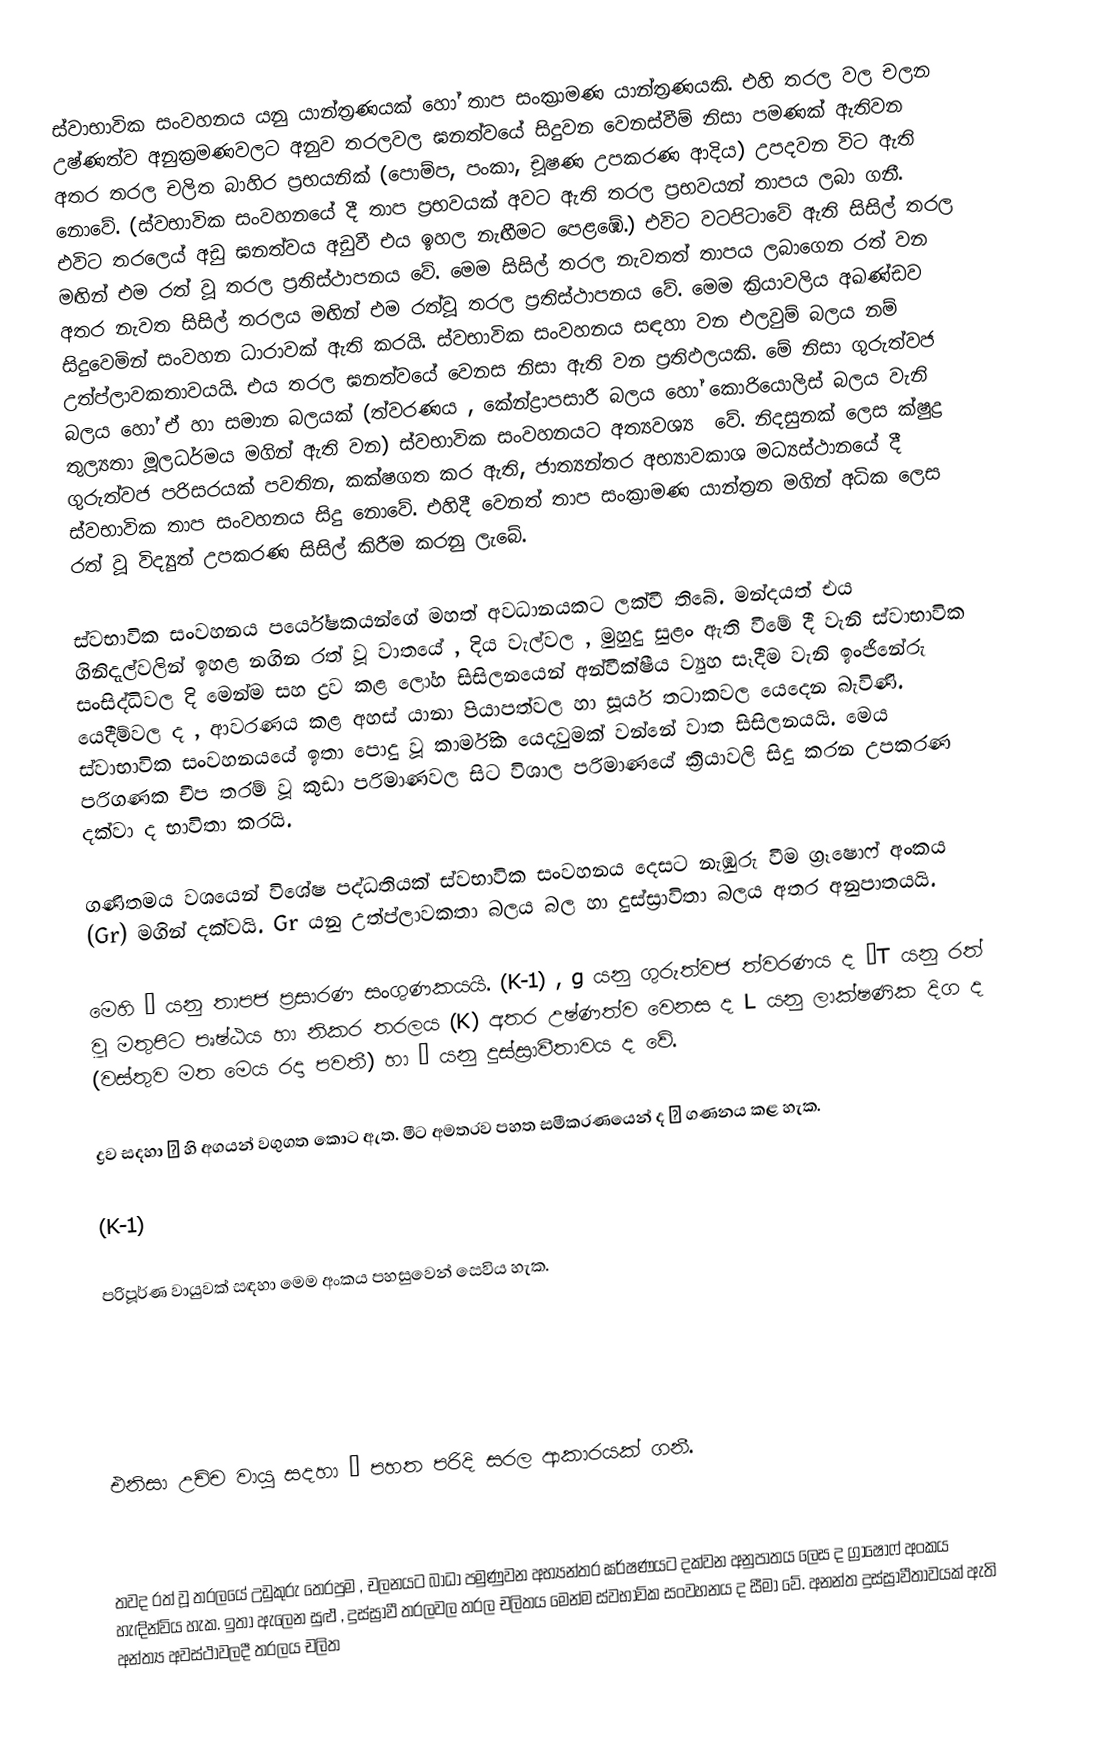
ස්වාභාවික සංවහනය යනු යාන්ත්‍රණයක් හෝ තාප සංක්‍රාමණ යාන්ත්‍රණයකි. එහි තරල වල චලන උෂ්ණත්ව අනුක්‍රමණවලට අනුව තරලවල ඝනත්වයේ සිදුවන වෙනස්වීම් නිසා පමණක් ඇතිවන අතර  තරල චලිත බාහිර ප්‍රභයනික් (පොම්ප, පංකා, චූෂණ උපකරණ ආදිය) උපදවන විට ඇති නොවේ. (ස්වභාවික සංවහනයේ දී තාප ප්‍රභවයක් අවට ඇති තරල ප්‍රභවයන්  තාපය ලබා ගනී. එවිට තරල‍ෙය් අඩු ඝනත්වය අඩුවී එය ඉහල නැඟීමට පෙළඹේ.) එවිට වටපිටාවේ ඇති සිසිල් තරල මඟින් එම රත් වූ තරල ප්‍රතිස්ථාපනය වේ. මෙම සිසිල් තරල නැවතත් තාපය ලබාගෙන රත් වන අතර නැවත සිසිල් තරලය මඟින් එම රත්වූ තරල ප්‍රතිස්ථාපනය වේ. මෙම ක්‍රියාවලිය අඛණ්ඩව සිදුවෙමින් සංවහන ධාරාවක් ඇති කරයි. ස්වභාවික සංවහනය සඳහා වන එලවුම් බලය නම් උත්ප්ලාවකතාවයයි. එය තරල ඝනත්වයේ වෙනස නිසා ඇති වන ප්‍රතිඵලයකි. මේ නිසා ගුරුත්වජ බලය හෝ ඒ හා සමාන බලයක් (ත්වරණය , කේන්ද්‍රාපසාරී බලය හෝ කොරියොලිස් බලය වැනි තුල්‍යතා මූලධර්මය මගින් ඇති වන) ස්වභාවික සංවහනයට  අත්‍යවශ්‍ය ‍ වේ. නිදසුනක් ලෙස ක්ෂුද්‍ර ගුරුත්වජ පරිසරයක් පවතින, කක්ෂගත කර ඇති,  ජාත්‍යන්තර අභ්‍යාවකාශ මධ්‍යස්ථානයේ දී ස්වභාවික තාප සංවහනය ‍සිදු නොවේ. එහිදී වෙනත් තාප සංක්‍රාමණ යාන්ත්‍රන මගින් අධික ලෙස රත් වූ විද්‍යුත් උපකරණ සිසිල් කිරීම කරනු ලැබේ.

ස්වභාවික සංවහනය පර්යේෂකයන්ගේ මහත් අවධානයකට ලක්වී තිබේ. මන්දයත් එය ගිනිදැල්වලින් ඉහළ නගින රත් වූ වාතයේ , දිය වැල්වල , මුහුදු සුළං ඇති වීමේ දී වැනි ස්වාභාවික සංසිද්ධිවල දි මෙන්ම සහ ද්‍රව කළ ලෝහ සිසිලනයෙන් අන්වීක්ෂීය ව්‍යුහ සෑදීම වැනි ඉංජිනේරු යෙදීම්වල ද , ආවරණය කළ අහස් යානා පියාපත්වල හා සූර්ය තටාකවල යෙදෙන බැවිණි. ස්වාභාවික සංවහනයයේ ඉතා පොදු වූ කාර්මික යෙදවුමක් වන්නේ වාත සිසිලනයයි. මෙය පරිගණක චීප තරම් වූ කුඩා පරිමාණවල සිට විශාල පරිමාණයේ ක්‍රියාවලි  සිදු කරන උපකරණ දක්වා ද භාවිතා කරයි.

ගණිතමය වශයෙන් විශේෂ පද්ධතියක් ස්වභාවික සංවහනය දෙසට නැඹුරු වීම ග්‍රෑෂොෆ් අංකය (Gr)  මගින් දක්වයි. Gr යනු උත්ප්ලාවකතා බලය බල හා දුස්ස්‍රාවිතා බලය අතර අනුපාතයයි.

මෙහි β යනු තාපජ ප්‍රසාරණ සංගුණකයයි. (K-1) , g යනු ගුරුත්වජ ත්වරණය ද ΔT යනු රත් වූ මතුපිට පෘෂ්ඨය හා නිකර තරලය (K) අතර උෂ්ණත්ව වෙනස ද L යනු ලාක්ෂණික දිග ද (වස්තු‍ව මත මෙය රදා පවතී) හා ν යනු දුස්ස්‍රාවීතාවය ද වේ.

ද්‍රව සදහා β හි අගයන් වගුගත කොට ඇත. මීට අමතරව පහත සමීකරණයෙන් ද β ගණනය කළ හැක.

      (K-1)

පරිපූර්ණ වායුවක් සඳහා මෙම අංකය පහසුවෙන් සෙවිය හැක.

එනිසා උච්ච වායු සදහා β පහත පරිදි සරල ආකාරයක් ගනී.

තවද රත් වූ තරලයේ උඩුකුරු තෙරපුම , චලනයට බාධා පමුණුවන අභ්‍යන්තර ඝර්ෂණයට දක්වන අනුපාතය ලෙස ද ග්‍රාෂොෆ් අංකය හැඳින්විය හැක. ඉතා ඇලෙන සුළු , දුස්ස්‍රාවී තරලවල තරල චලිතය මෙන්ම ස්වභාවික සංවහනය ද සීමා වේ. අනන්ත  දුස්ස්‍රාවීතාවයක් ඇති අන්ත්‍ය අවස්ථාවලදී තරලය චලිත